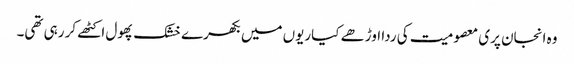
وہ انجان پری معصومیت کی ردا اوڑھے کیاریوں میں بکھرے خشک پھول اکٹھے کر رہی تھی۔